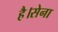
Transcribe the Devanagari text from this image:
है।सेना